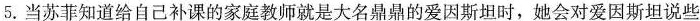
5.当苏菲知道给自己补课的家庭教师就是大名鼎鼎的爱因斯坦时，她会对爱因斯坦说些